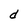
Character: d